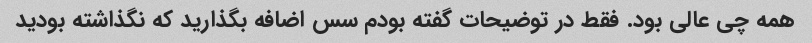
همه چی عالی بود. فقط در توضیحات گفته بودم سس اضافه بگذارید که نگذاشته بودید